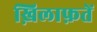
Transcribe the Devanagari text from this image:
ख़िलाफ़तें